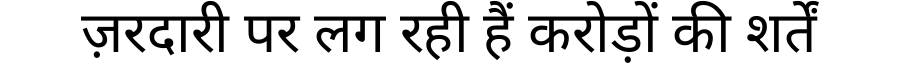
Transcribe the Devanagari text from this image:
ज़रदारी पर लग रही हैं करोड़ों की शर्तें